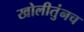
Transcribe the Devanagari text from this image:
खोलीतुंनच